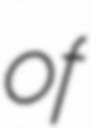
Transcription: of